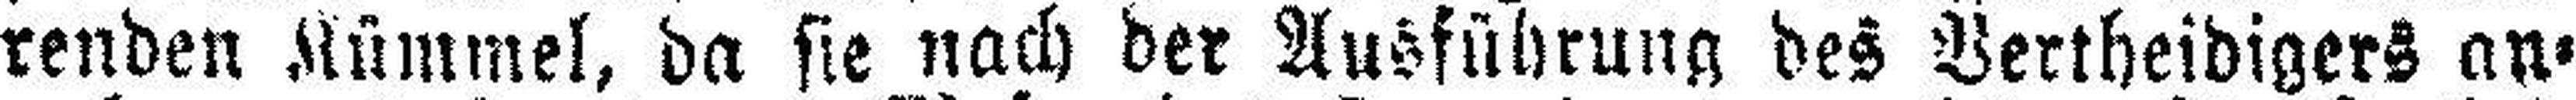
renden Kümmel, da sie nach der Ausführung des Vertheidigers an¬